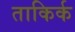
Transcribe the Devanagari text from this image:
ताकिर्क